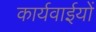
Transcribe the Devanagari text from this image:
कार्यवाईयों